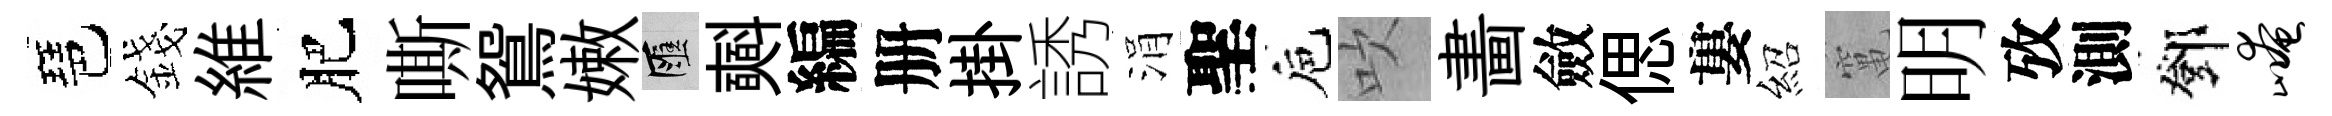
琶錢維肥嘶鴛嫩匯𣂏編册掛誘涓聖巵吹畵斂偲婁紹𥧄明攷測鄧崦